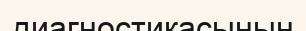
диагностикасының